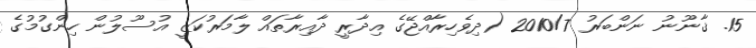
15. ޤާނޫނު ނަންބަރު 2010/7 (ދިވެހިރާއްޖޭގެ އިދާރީ ދާއިރާތައް ލާމަރުކަޒީ އުސޫލުން ހިންގުމުގެ